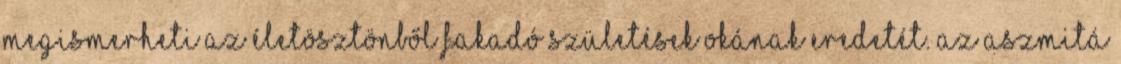
megismerheti az életösztönből fakadó születések okának eredetét. Az aszmitá